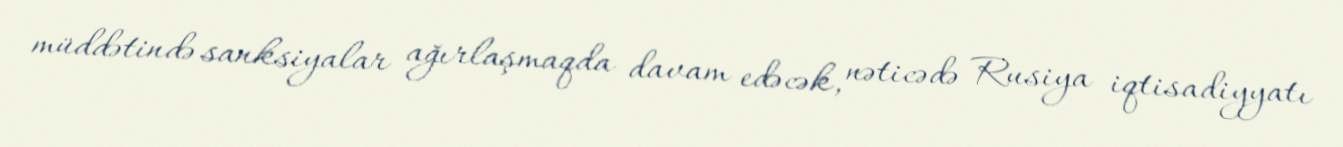
müddətində sanksiyalar ağırlaşmaqda davam edəcək, nəticədə Rusiya iqtisadiyyatı